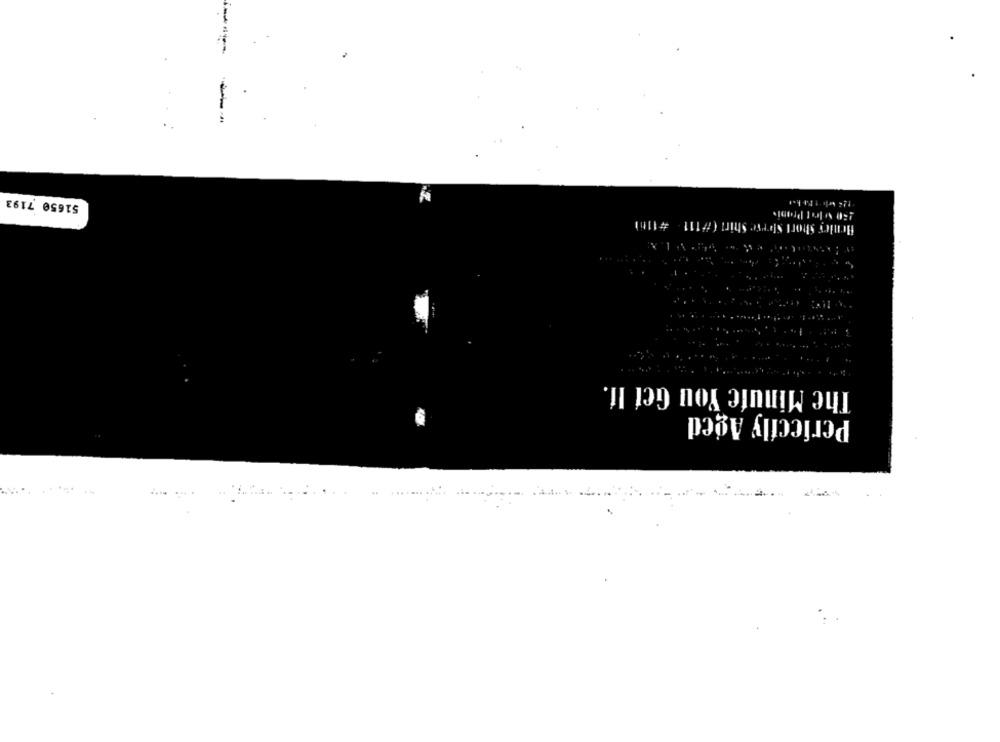
51650 7193
#111 #1101
er Short Stor
The Minute You Get If.
Periccfly Aged